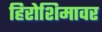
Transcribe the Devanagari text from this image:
हिरोशिमावर